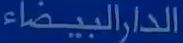
الدار البيضاء